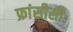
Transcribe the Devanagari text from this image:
फ्रांसीसीः